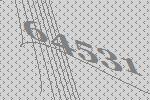
64531